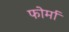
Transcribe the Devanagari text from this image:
फोर्मा